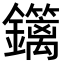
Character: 𨯽